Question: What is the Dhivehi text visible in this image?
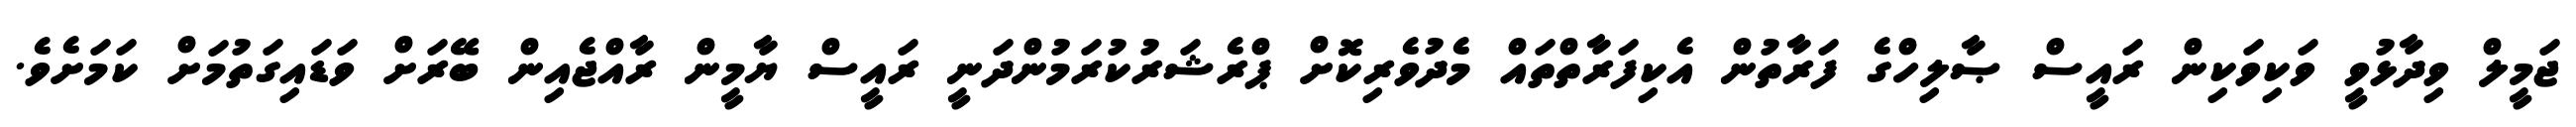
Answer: ޖަމީލް ވިދާޅުވީ ވަކިވަކިން ރައީސް ޞާލިހްގެ ފަރާތުން އެކިފަރާތްތައް މެދުވެރިކޮށް ޕްރެޝަރުކުރަމުންދަނީ ރައީސް ޔާމީން ރާއްޖެއިން ބޭރަށް ވަޑައިގަތުމަށް ކަމަށެވެ.